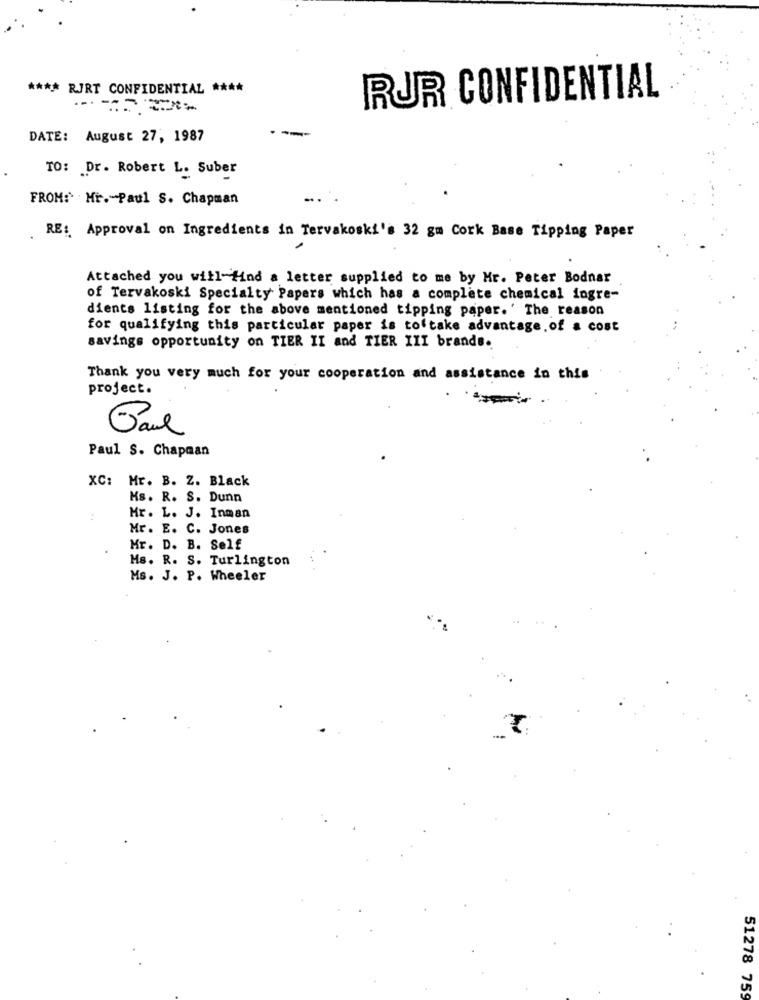
**** RJRT CONFIDENTIAL ****
RUR CONFIDENTIAL
DATE: August 27, 1987
TO: Dr. Robert L. Suber
FROM: Hr .- Paul S. Chapman
RE: Approval on Ingredients in Tervakoski's 32 gm Cork Base Tipping Paper
Attached you will find a letter supplied to me by Mr. Peter Bodnar
of Tervakoski Specialty Papers which has a complete chemical ingre-
dients listing for the above mentioned tipping paper. ' The reason
for qualifying this particular paper is toftake advantage. of & cost
savings opportunity on TIER II and TIER III brands.
Thank you very much for your cooperation and assistance in this
project.
Paul S. Chapman
XC: Mr. B. Z. Black
Ms. R. S. Dunn
Mr. L. J. Inman
Mr. E. C. Jones
Mr. D. B. Self
Ms. R. S. Turlington
Ms. J. P. Wheeler
51278 759